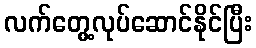
လက်တွေ့လုပ်ဆောင်နိုင်ပြီး